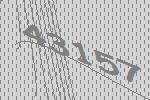
43157